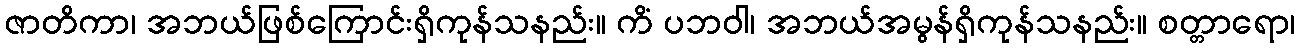
ဇာတိကာ၊ အဘယ်ဖြစ်ကြောင်းရှိကုန်သနည်း။ ကိံ ပဘဝါ၊ အဘယ်အမွန်ရှိကုန်သနည်း။ စတ္တာရော၊